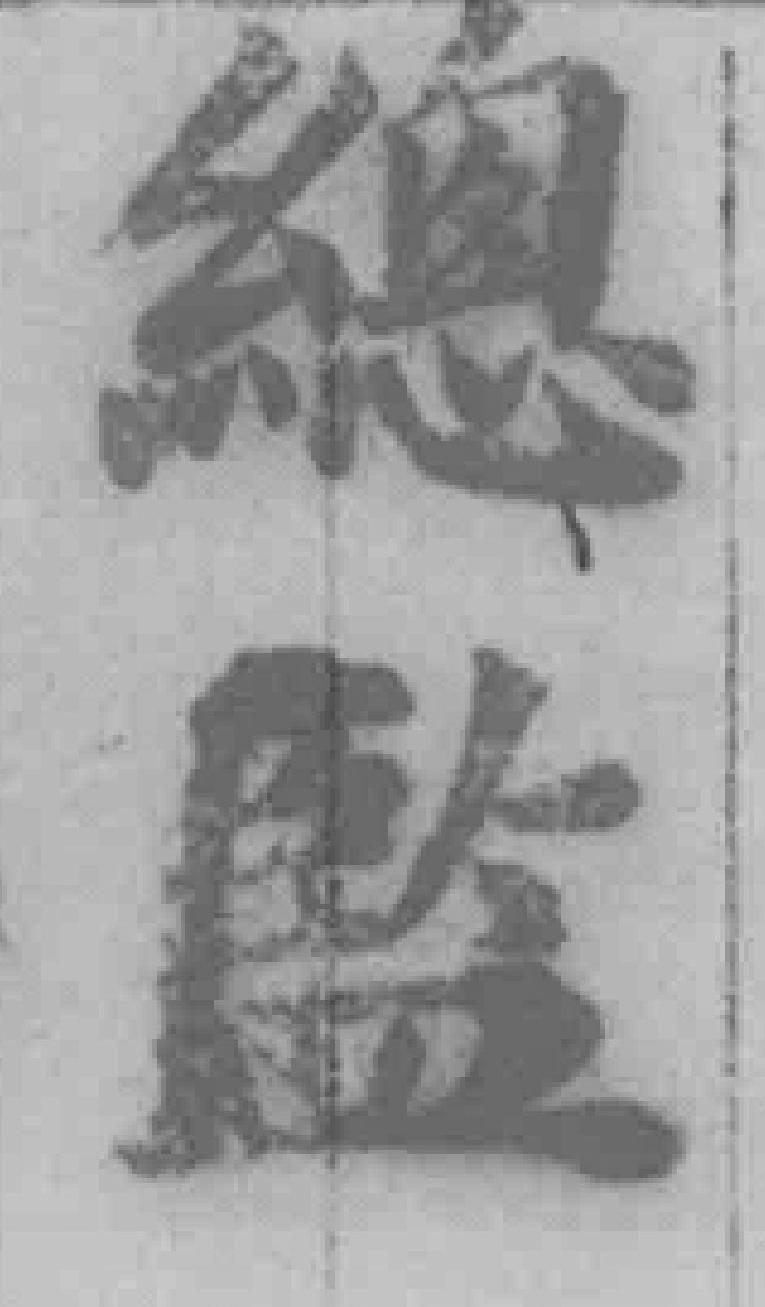
總監